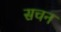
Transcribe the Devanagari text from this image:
सचन